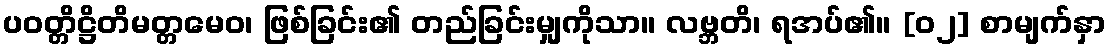
ပဝတ္တိဋ္ဌိတိမတ္တမေဝ၊ ဖြစ်ခြင်း၏ တည်ခြင်းမျှကိုသာ။ လဗ္ဘတိ၊ ရအပ်၏။ [၀၂] စာမျက်နှာ